Indian journal of veterinary science and animal husbandry - Volume 3,
Year: 1933
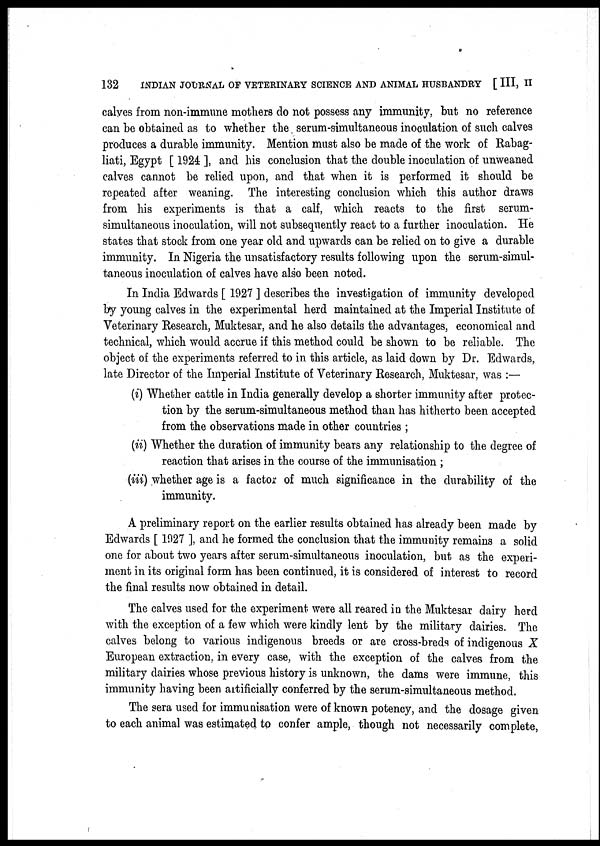
132
INDIAN JOURNAL OF VETERINARY SCIENCE AND ANIMAL HUSBANDRY [ III, II
calves from non-immune mothers do not possess any immunity, but no reference
can be obtained as to whether the serum-simultaneous inoculation of such calves
produces a durable immunity. Mention must also be made of the work of Rabag-
liati, Egypt [ 1924 ], and his conclusion that the double inoculation of unweaned
calves cannot be relied upon, and that when it is performed it should be
repeated after weaning. The interesting conclusion which this author draws
from his experiments is that a calf, which reacts to the first serum-
simultaneous inoculation, will not subsequently react to a further inoculation. He
states that stock from one year old and upwards can be relied on to give a durable
immunity. In Nigeria the unsatisfactory results following upon the serum-simul-
taneous inoculation of calves have also been noted.
In India Edwards [ 1927 ] describes the investigation of immunity developed
by young calves in the experimental herd maintained at the Imperial Institute of
Veterinary Research, Muktesar, and he also details the advantages, economical and
technical, which would accrue if this method could be shown to be reliable. The
object of the experiments referred to in this article, as laid down by Dr. Edwards,
late Director of the Imperial Institute of Veterinary Research, Muktesar, was :—
(i) Whether cattle in India generally develop a shorter immunity after protec-
tion by the serum-simultaneous method than has hitherto been accepted
from the observations made in other countries ;
(ii) Whether the duration of immunity bears any relationship to the degree of
reaction that arises in the course of the immunisation ;
(iii) whether age is a factor of much significance in the durability of the
immunity.
A preliminary report on the earlier results obtained has already been made by
Edwards [ 1927 ], and he formed the conclusion that the immunity remains a solid
one for about two years after serum-simultaneous inoculation, but as the experi-
ment in its original form has been continued, it is considered of interest to record
the final results now obtained in detail.
The calves used for the experiment were all reared in the Muktesar dairy herd
with the exception of a few which were kindly lent by the military dairies. The
calves belong to various indigenous breeds or are cross-breds of indigenous X
European extraction, in every case, with the exception of the calves from the
military dairies whose previous history is unknown, the dams were immune, this
immunity having been artificially conferred by the serum-simultaneous method.
The sera used for immunisation were of known potency, and the dosage given
to each animal was estimated to confer ample, though not necessarily complete,